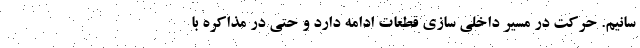
سانیم. حرکت در مسیر داخلی سازی قطعات ادامه دارد و حتی در مذاکره با